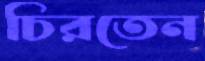
চিরতেন